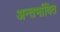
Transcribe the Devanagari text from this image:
अन्तर्भावित